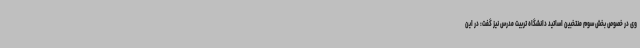
وی در خصوص بخش سوم منتخبین اساتید دانشگاه تربیت مدرس نیز گفت: در این